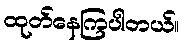
ထုတ်နေကြပါတယ်။